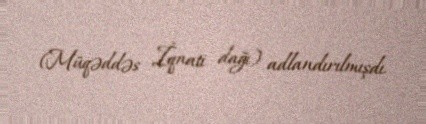
(Müqəddəs İqnati dağı) adlandırılmışdı.